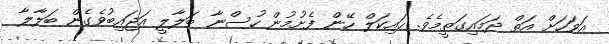
އަވަހަށް އަތް ދަމައިގަތީމެވެ. ހައިކަލް ހޭން ފެށުމުން ހުސްނާ ބަލާލީ އަޖައިބުވެގެން ބަލާލާ